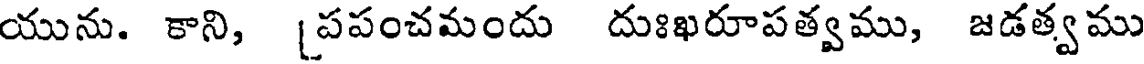
యును. కాని, [పపంచమందు దుఃఖరూపత్వము, జడత్వము